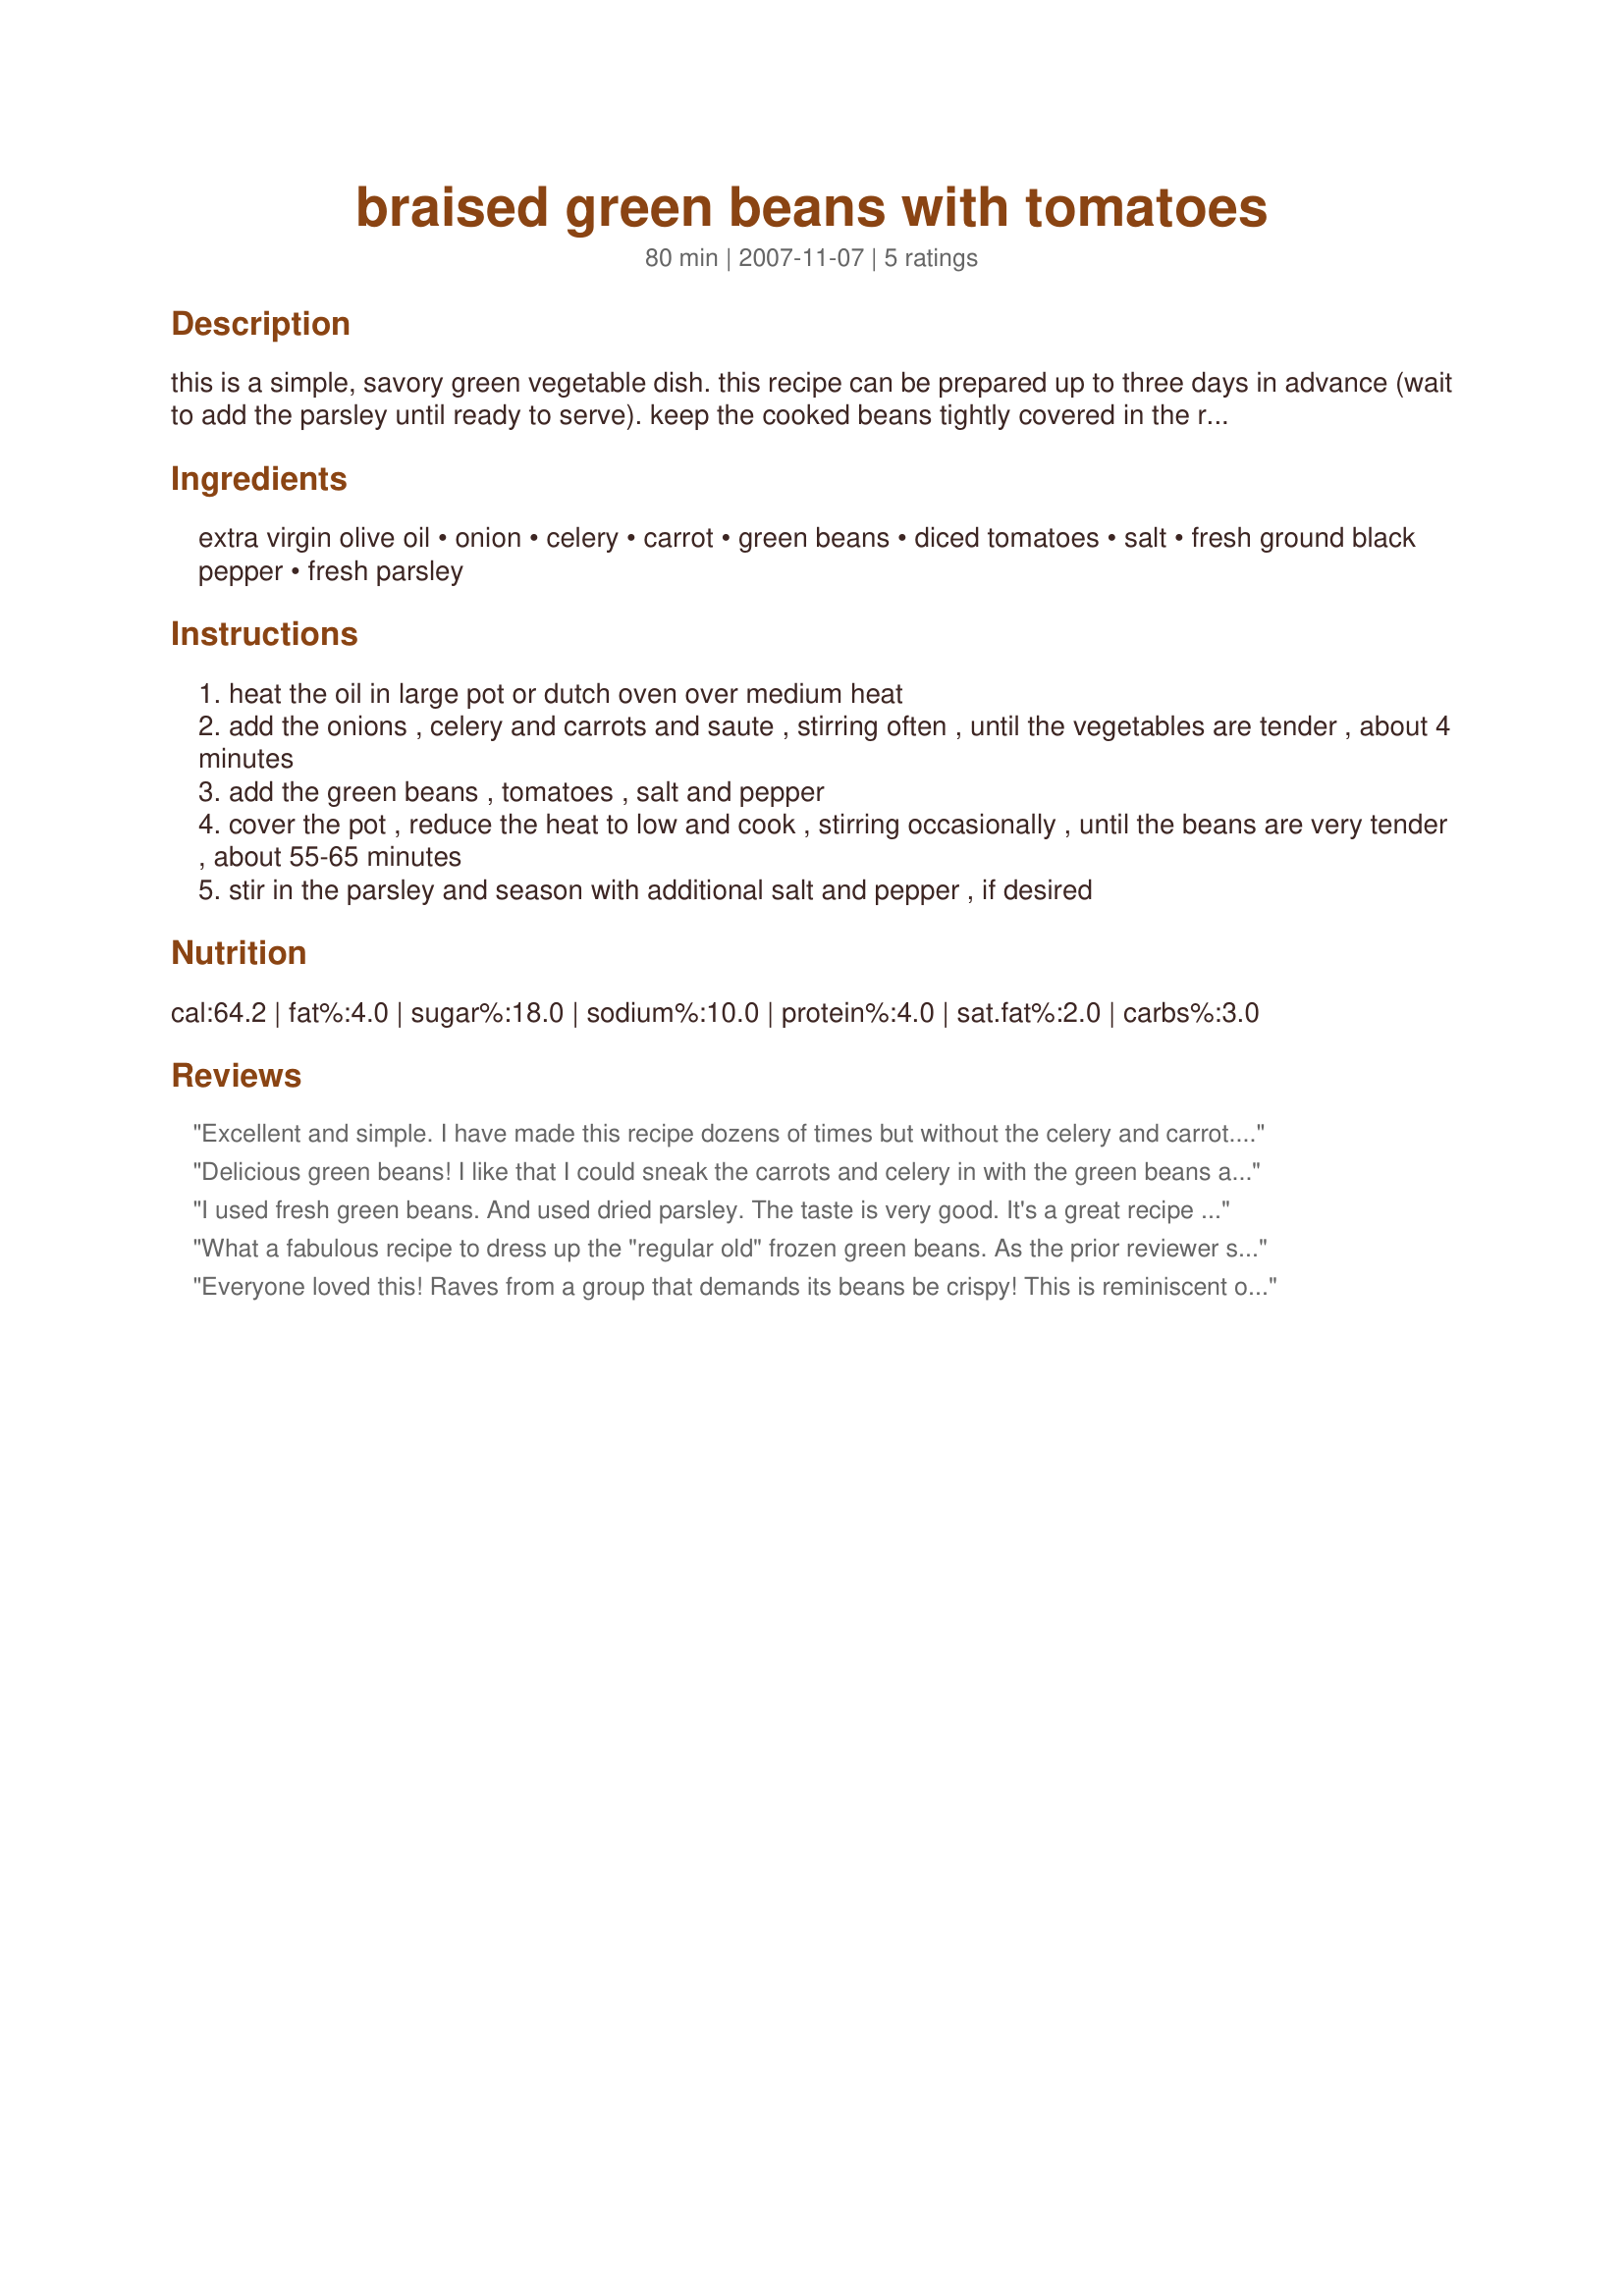
braised green beans with tomatoes
Preparation time: 80 minutes

this is a simple, savory green vegetable dish. this recipe can be prepared up to three days in advance (wait to add the parsley until ready to serve). keep the cooked beans tightly covered in the refrigerator, then reheat on the stovetop or in a 350 degree oven for about 20-30 minutes.

Ingredients:
extra virgin olive oil, onion, celery, carrot, green beans, diced tomatoes, salt, fresh ground black pepper, fresh parsley

Steps:
heat the oil in large pot or dutch oven over medium heat
add the onions , celery and carrots and saute , stirring often , until the vegetables are tender , about 4 minutes
add the green beans , tomatoes , salt and pepper
cover the pot , reduce the heat to low and cook , stirring occasionally , until the beans are very tender , about 55-65 minutes
stir in the parsley and season with additional salt and pepper , if desired

Reviews:
Excellent and simple. I have made this recipe dozens of times but without the celery and carrot. Sometimes I do use a couple of cloves of garlic, too. One thing that I truly love about this recipe is that it does not need a lot of active time - that is why I often use it for dinner parties - I have a lot of other things to do before serving the dinner. I have used both large and small tomatoes in this and prefer the smaller tomatoes which also do not need to be cut. Thanks for posting, Lainey6605, this is truly a keeper.
Delicious green beans! I like that I could sneak the carrots and celery in with the green beans and DH also enjoyed them. Had petite diced tomatoes on hand so used those and a red onion. Will be making these a lot! Made and reviewed for Family Picks during ZWT8.
I used fresh green beans. And used dried parsley. The taste is very good. It's a great recipe that I'll be doing often cause it's very healthy, low calorie. Thanks Lainey :) Made for ZWT8 for Diners, Winers and Chives
What a fabulous recipe to dress up the "regular old" frozen green beans. As the prior reviewer said, "it's full of flavor despite the absesnce of garlic and spices." This recipe is awesome; the three of us wolfed down the entire 2 pounds of beans, along with the other ingredients. It's fresh tasting, and so much better than having just green beans. This is a winner in our family, and the colors will look nice serving it at the holidays. Thanks, Lainey!
Everyone loved this! Raves from a group that demands its beans be crispy! This is reminiscent of a dish I ate years ago at Dookie Chase in NOLA and always wanted to find a recipe for...It's full of flavor despite the absence of garlic and spice. The long braise results in really flavorful beans and the brunoise and tomato result in a wonderful rich broth. So glad I made the full two pounds of beans! Thanks, Lainey.
